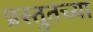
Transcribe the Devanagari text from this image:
प्रस्तुतच्या